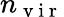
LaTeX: n_{\mathrm{~v~i~r~}}